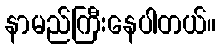
နာမည်ကြီးနေပါတယ်။